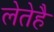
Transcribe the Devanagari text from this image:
लेतेहै